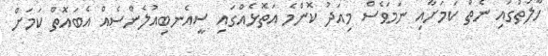
ހާލަތުގައި ނެތް ކަމަށާއި ނަމަވެސް މިއަދު ކޮންމެ އަތޮޅެއްގައި ސީއެނބިއުލެންސެއް އެބައޮތް ކަމަށް